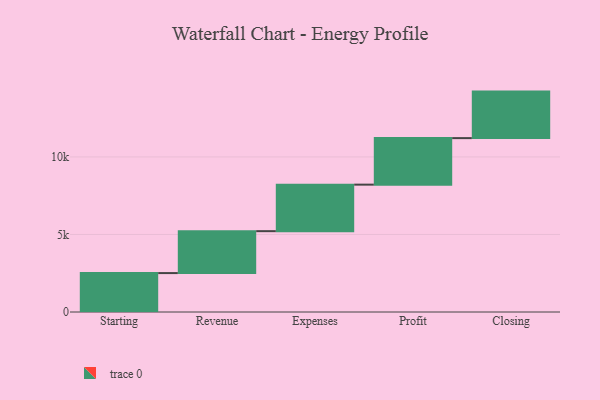
{"axis": {"x": "Step", "y": "Value"}, "legend": [""], "data": [{"x": "Starting", "y": 2510.0, "type": ""}, {"x": "Revenue", "y": 2703.0, "type": ""}, {"x": "Expenses", "y": 3000, "type": ""}, {"x": "Profit", "y": 3000, "type": ""}, {"x": "Closing", "y": 3000, "type": ""}]}